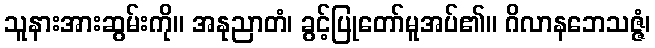
သူနားအားဆွမ်းကို။ အနုညာတံ၊ ခွင့်ပြုတော်မူအပ်၏။ ဂိလာနဘေသဇ္ဇံ၊